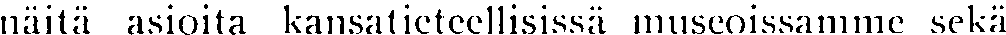
näitä asioita kansatieteellisissä museoissamme sekä